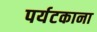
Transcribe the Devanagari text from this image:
पर्यटकाना